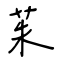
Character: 茱